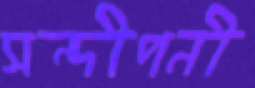
সন্দীপনী